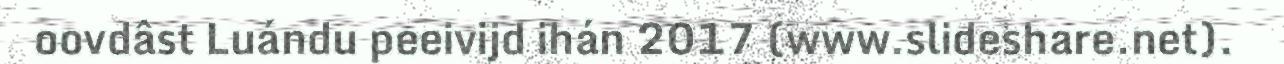
oovdâst Luándu peeivijd ihán 2017 (www.slideshare.net).